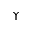
\Upsilon